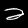
Digit: 2